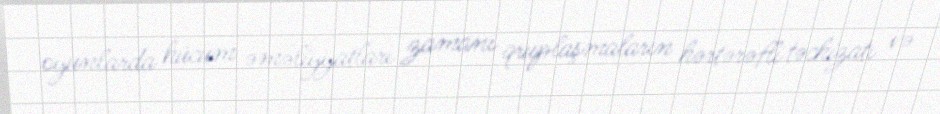
oyunlarda hücum əməliyyatları zamanı qruplaşmaların hərtərəfli təchizatı və